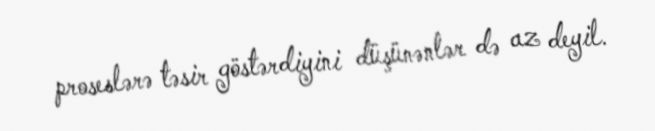
proseslərə təsir göstərdiyini düşünənlər də az deyil.